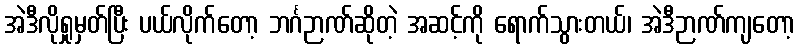
အဲဒီလိုရှုမှတ်ပြီး ပယ်လိုက်တော့ ဘင်္ဂဉာဏ်ဆိုတဲ့ အဆင့်ကို ရောက်သွားတယ်၊ အဲဒီဉာဏ်ကျတော့